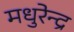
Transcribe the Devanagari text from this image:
मधुरेन्द्र